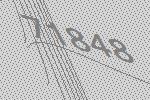
71848